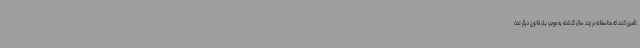
تأمین کنند که متاسفانه در چند سال گذشته به موجب یک قانون دیگر تحت